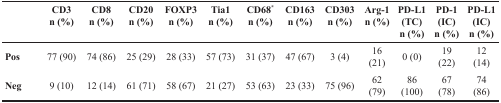
|  | CD3n (%) | CD8n (%) | CD20n (%) | FOXP3n (%) | Tia1n (%) | CD68*n (%) | CD163n (%) | CD303n (%) | Arg-1n (%) | PD-L1(TC)n (%) | PD-1(IC)n (%) | PD-L1(IC)n (%) |
 | --- | --- | --- | --- | --- | --- | --- | --- | --- | --- | --- | --- | --- |
 | Pos | 77 (90) | 74 (86) | 25 (29) | 28 (33) | 57 (73) | 31 (37) | 47 (67) | 3 (4) | 16 (21) | 0 (0) | 19 (22) | 12 (14) |
 | Neg | 9 (10) | 12 (14) | 61 (71) | 58 (67) | 21 (27) | 53 (63) | 23 (33) | 75 (96) | 62 (79) | 86 (100) | 67 (78) | 74 (86) |